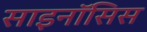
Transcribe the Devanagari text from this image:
साइनॉसिस